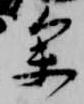
参